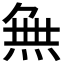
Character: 𭴾